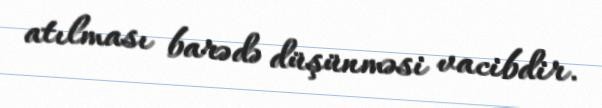
atılması barədə düşünməsi vacibdir.